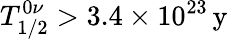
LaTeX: T_{1/2}^{0\nu}>3.4\times{10^{23}}\, \mathrm{y}